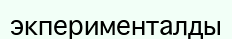
экперименталды